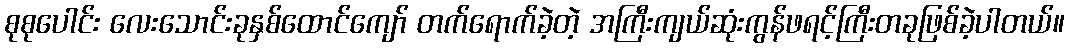
စုစုပေါင်း လေးသောင်းခုနှစ်ထောင်ကျော် တက်ရောက်ခဲ့တဲ့ အကြီးကျယ်ဆုံးကွန်ဖရင့်ကြီးတခုဖြစ်ခဲ့ပါတယ်။